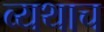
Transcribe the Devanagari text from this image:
व्यथाच